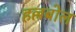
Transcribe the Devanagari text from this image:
हल्लबोल